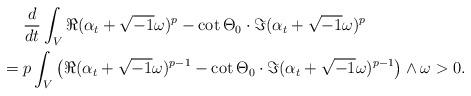
LaTeX: \begin{align*}& \frac{d}{dt}\int_{V}\Re(\alpha_{t}+\sqrt{-1}\omega)^{p}-\cot\Theta_{0}\cdot\Im(\alpha_{t}+\sqrt{-1}\omega)^{p} \\= {} & p\int_{V}\left(\Re(\alpha_{t}+\sqrt{-1}\omega)^{p-1}-\cot\Theta_{0}\cdot\Im(\alpha_{t}+\sqrt{-1}\omega)^{p-1}\right)\wedge \omega> 0.\end{align*}